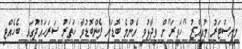
މިނިސްޓަރު މުއިއްޒު "ހަވީރަ"ށް ވިދާޅުވީ އެންމެ ބޮޑަށް ފެންބޮޑުވާ ހަތަރު ސަރަހައްދުގައި ބެހެއްޓި